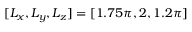
[ L _ { x } , L _ { y } , L _ { z } ] = [ 1 . 7 5 \pi , 2 , 1 . 2 \pi ]